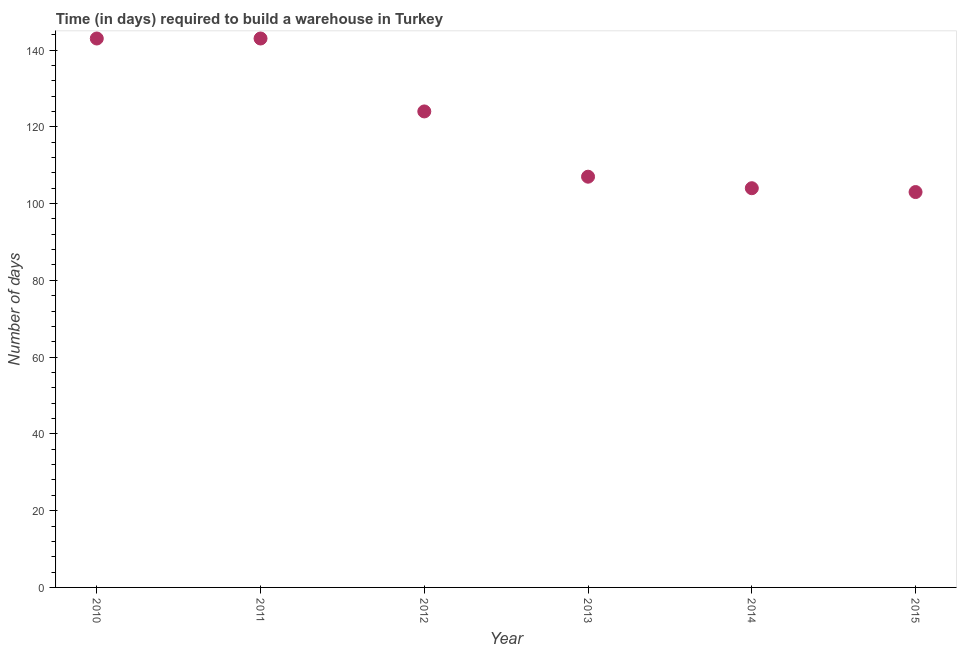
| Year | Time required to build a warehouse |
 | --- | --- |
 | 2010 | 143 |
 | 2011 | 143 |
 | 2012 | 124 |
 | 2013 | 107 |
 | 2014 | 104 |
 | 2015 | 103 |